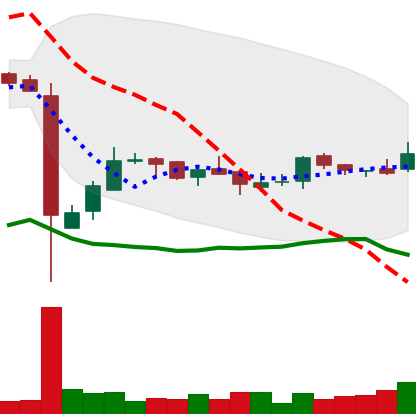
Ticker: LTC-USD
Chart end date: 2016-12-22
Forward return: 20.414%
Label: up_7plus